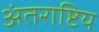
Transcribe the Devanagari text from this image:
अंतराष्टिय